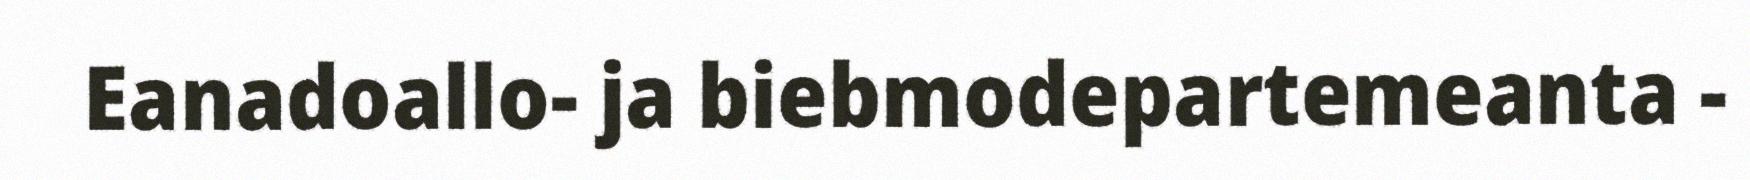
Eanadoallo- ja biebmodepartemeanta -